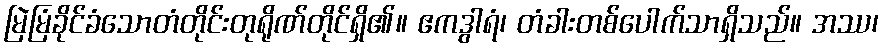
မြဲမြံခိုင်ခံသောတံတိုင်းတုရိုဏ်တိုင်ရှိ၏။ ဧကဒွါရံ၊ တံခါးတစ်ပေါက်သာရှိသည်။ အဿ၊